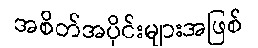
အစိတ်အပိုင်းများအဖြစ်